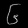
Digit: ၆